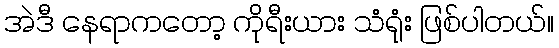
အဲဒီ နေရာကတော့ ကိုရီးယား သံရုံး ဖြစ်ပါတယ်။